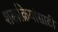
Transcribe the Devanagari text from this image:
शस्त्रक्रियांसाठी